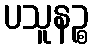
ပသူနဉ္စ